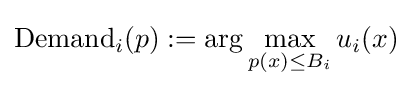
{\text{Demand}}_{i}(p):=\arg \max _{p(x)\leq B_{i}}u_{i}(x)